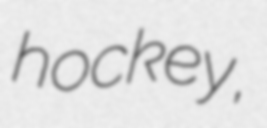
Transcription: hockey,